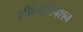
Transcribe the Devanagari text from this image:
शीनिसिषेशन